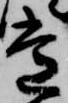
常